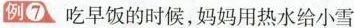
例⑦ 吃早饭的时候，妈妈用热水给小雪